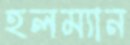
হলম্যান